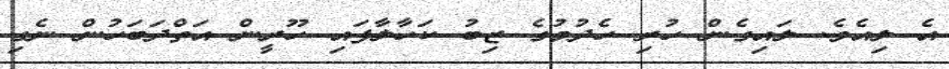
އެ ލިއެވެ. ލައިގެން ހުރި ހެދުމުގެ ޒިބު ކަހާލާފައި ހޫރީން އަތްދަބަހުން ނެގި